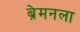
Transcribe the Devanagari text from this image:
ब्रेमनला